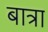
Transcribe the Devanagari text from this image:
बात्रा